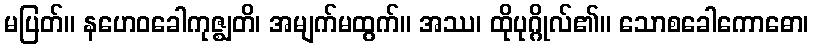
မပြတ်။ နဟေဝခေါကုဇ္ဈတိ၊ အမျက်မထွက်။ အဿ၊ ထိုပုဂ္ဂိုလ်၏။ သောစခေါကောဓော၊